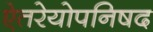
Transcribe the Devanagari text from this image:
ऐतरेयोपनिषद